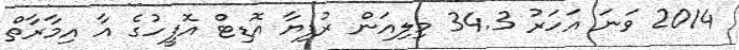
2014 ވަަނަ އަހަރު 34.3 މިލިއަން ރުފިޔާ އޮޑިޓް އޮފީހުގެ އާ އިމާރާތް